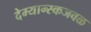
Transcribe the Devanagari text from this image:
देम्यान्स्कजवळ